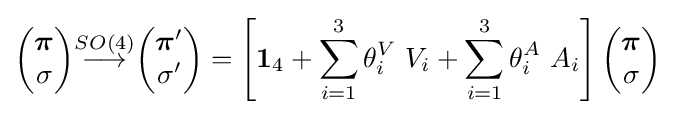
{\begin{pmatrix}{\boldsymbol {\pi }}\\\sigma \end{pmatrix}}{\stackrel {SO(4)}{\longrightarrow }}{\begin{pmatrix}{{\boldsymbol {\pi }}'}\\\sigma '\end{pmatrix}}=\left[\mathbf {1} _{4}+\sum _{i=1}^{3}\theta _{i}^{V}\ V_{i}+\sum _{i=1}^{3}\theta _{i}^{A}\ A_{i}\right]{\begin{pmatrix}{\boldsymbol {\pi }}\\\sigma \end{pmatrix}}